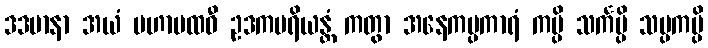
ဒဒမာနာ အယံ မဟာပထဝီ ဥဒကပရိယန္တံ ကတွာ အနေကပ္ပကာရံ ကမ္ပိ သင်္ကမ္ပိ သမ္ပကမ္ပိ